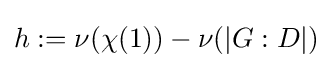
h:=\nu (\chi (1))-\nu (|G:D|)